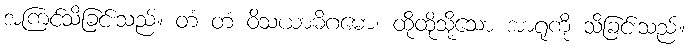
အကြင်သိခြင်းသည်။ တံ တံ ဝိသယာဓိဂမော၊ ထိုထိုသို့သော အာရုံကို သိခြင်းသည်။